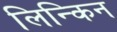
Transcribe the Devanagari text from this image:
लिन्किन